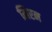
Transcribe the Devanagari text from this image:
मिरन